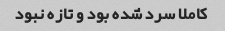
کاملا سرد شده بود و تازه نبود